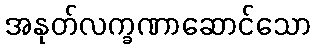
အနုတ်လက္ခဏာဆောင်သော